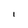
Character: l